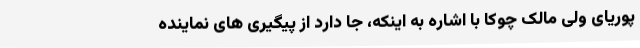
پوریای ولی مالک چوکا با اشاره به اینکه، جا دارد از پیگیری های نماینده